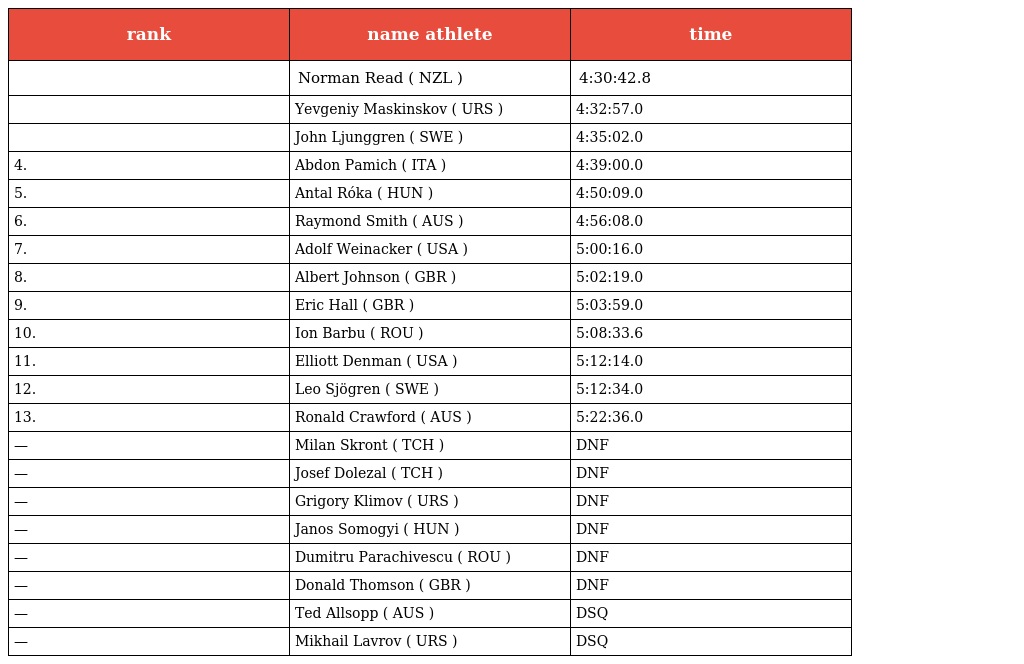
| rank | name athlete | time |
 | --- | --- | --- |
 |  | Norman Read ( NZL ) | 4:30:42.8 |
 |  | Yevgeniy Maskinskov ( URS ) | 4:32:57.0 |
 |  | John Ljunggren ( SWE ) | 4:35:02.0 |
 | 4. | Abdon Pamich ( ITA ) | 4:39:00.0 |
 | 5. | Antal Róka ( HUN ) | 4:50:09.0 |
 | 6. | Raymond Smith ( AUS ) | 4:56:08.0 |
 | 7. | Adolf Weinacker ( USA ) | 5:00:16.0 |
 | 8. | Albert Johnson ( GBR ) | 5:02:19.0 |
 | 9. | Eric Hall ( GBR ) | 5:03:59.0 |
 | 10. | Ion Barbu ( ROU ) | 5:08:33.6 |
 | 11. | Elliott Denman ( USA ) | 5:12:14.0 |
 | 12. | Leo Sjögren ( SWE ) | 5:12:34.0 |
 | 13. | Ronald Crawford ( AUS ) | 5:22:36.0 |
 | — | Milan Skront ( TCH ) | DNF |
 | — | Josef Dolezal ( TCH ) | DNF |
 | — | Grigory Klimov ( URS ) | DNF |
 | — | Janos Somogyi ( HUN ) | DNF |
 | — | Dumitru Parachivescu ( ROU ) | DNF |
 | — | Donald Thomson ( GBR ) | DNF |
 | — | Ted Allsopp ( AUS ) | DSQ |
 | — | Mikhail Lavrov ( URS ) | DSQ |